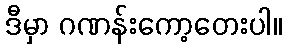
ဒီမှာ ဂဏန်းကော့တေးပါ။